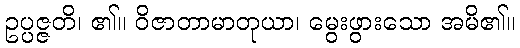
ဥပ္ပဇ္ဇတိ၊ ၏။ ဝိဇာတာမာတုယာ၊ မွေးဖွားသော အမိ၏။